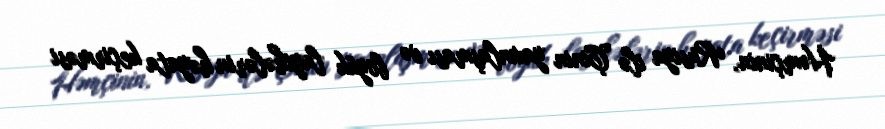
Həmçinin, Rusiya ilə Çinin yaxınlaşması və böyük layihələrin həyata keçirməsi